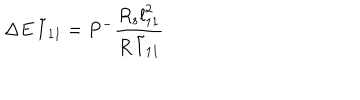
LaTeX: \Delta E \, \tilde { l } _ { 1 1 } = P ^ { - } \frac { R _ { s } { l } _ { 1 1 } ^ { 2 } } { R \, \tilde { l } _ { 1 1 } }